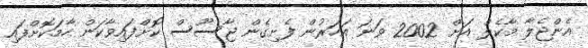
އެންޖެލާ މާކެލް އަށް 2002 ވަނަ އަހަރުން ފެށިގެން ޖާސޫސް ކޮށްފައިވާކަން ހާމަކޮށްފައި